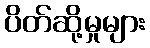
ပိတ်ဆို့မှုများ